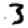
Digit: 3